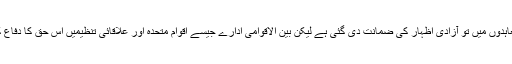
بین الاقوامی قانون اور معاہدوں میں تو آزادی اظہار کی ضمانت دی گئی ہے لیکن بین الاقوامی ادارے جیسے اقوامِ متحدہ اور علاقائی تنظیمیں اس حق کا دفاع کرنے میں ناکام رہی ہیں۔